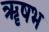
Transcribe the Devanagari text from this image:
ॠषभ